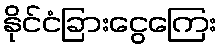
နိုင်ငံခြားငွေကြေး